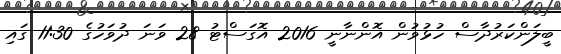
ބީލަންކަރުދާސް ހުޅުވުން އޮންނާނީ 2016 އޮގަސްޓު 28 ވަނަ ދުވަހުގެ 11:30 ގައި